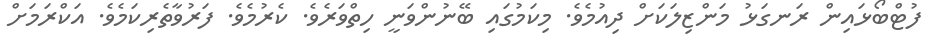
ފުޓްބޯޅައިން ރަނގަޅު މަންޒިލަކަށް ދިއުމެވެ. މިކަމުގައި ބޭނުންވަނީ ހިތްވަރެވެ. ކެރުމެވެ. ފަރުވާތެރިކަމެވެ. އަކްރަމަށް